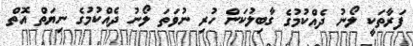
ފަރާތަކީ ލޯނު ދެއްކުމުގެ ގާބިލުކަން ހުރި ނުވަތަ ލޯނު ދެއްކުމުގެ ނިޔަތް އޮތް